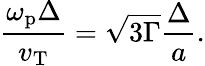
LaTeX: \frac{\omega_{\mathrm{p}}\Delta}{v_{\mathrm{T}}}=\sqrt{3\Gamma}\frac{\Delta}{a}.